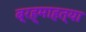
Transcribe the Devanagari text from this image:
ब्रह्माहत्या